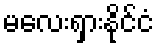
မလေးရှားနိုင်ငံ